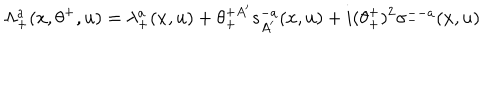
\Lambda _ { + } ^ { a } ( x , \theta ^ { + } , u ) = \lambda _ { + } ^ { a } ( x , u ) + \theta _ { + } ^ { + A ^ { \prime } } s _ { A ^ { \prime } } ^ { - a } ( x , u ) + i ( \theta _ { + } ^ { + } ) ^ { 2 } \sigma _ { - } ^ { -- a } ( x , u ) \;